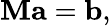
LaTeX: \mathbf{M}\mathbf{a}=\mathbf{b},